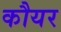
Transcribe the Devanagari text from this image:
कौयर